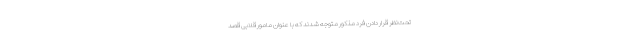
تحت‌نظر قرار دادن فرد مذکور متوجه شدند که با عنوان مامور قلابی قصد